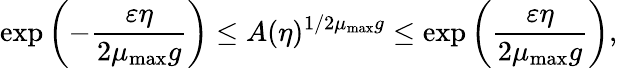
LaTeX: \exp\left(-\frac{\varepsilon\eta}{2\mu_{\mathrm{max}}g}\right)\le A(\eta)^{1/2\mu_{\mathrm{max}}g}\le\exp\left(\frac{\varepsilon\eta}{2\mu_{\mathrm{max}}g}\right),